Civil Veterinary Department Bihar & Orissa reports 1922-29 - 1922-1929
Year: 1922
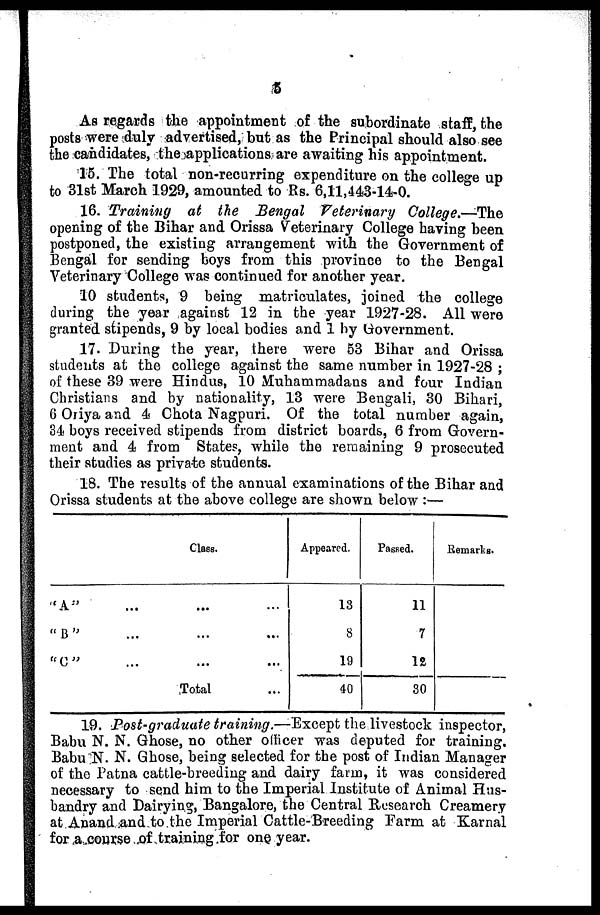
5
As regards the appointment of the subordinate staff, the
posts were duly advertised, but as the Principal should also see
the candidates, the applications are awaiting his appointment.
15. The total non-recurring expenditure on the college up
to 31st March 1929, amounted to Rs. 6,11,443-14-0.
16. Training
at the Bengal Veterinary
College.—The
opening of the Bihar and Orissa Veterinary College having been
postponed, the existing arrangement with the Government of
Bengal for sending boys from this province to the Bengal
Veterinary College was continued for another year.
10 students, 9 being matriculates, joined the college
during the year against 12 in the year 1927-28. All were
granted stipends, 9 by local bodies and 1 by Government.
17. During the year, there were 53 Bihar and Orissa
students at the college against the same number in 1927-28 ;
of these 39 were Hindus, 10 Muhammadans and four Indian
Christians and by nationality, 13 were Bengali, 30 Bihari,
6 Oriya and 4 Chota Nagpuri. Of the total number again,
34 boys received stipends from district boards, 6 from Govern-
ment and 4 from State?, while the remaining 9 prosecuted
their studies as private students.
18. The results of the annual examinations of the Bihar and
Orissa students at the above college are shown below :—
Class.
"A"
" B "
" C "
Total
Appeared.
13
8
19
40
Passed.
11
7
12
30
Remarks.
19. Post-graduate training.—Except the livestock inspector,
Babu N. N. Ghose, no other officer was deputed for training.
Babu N. N. Ghose, being selected for the post of Indian Manager
of the Patna cattle-breeding and dairy farm, it was considered
necessary to send him to the Imperial Institute of Animal Hus-
bandry and Dairying, Bangalore, the Central Research Creamery
at Anand and to the Imperial Cattle-Breeding Farm at Karnal
for a course of training for one year.